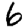
Digit: 6